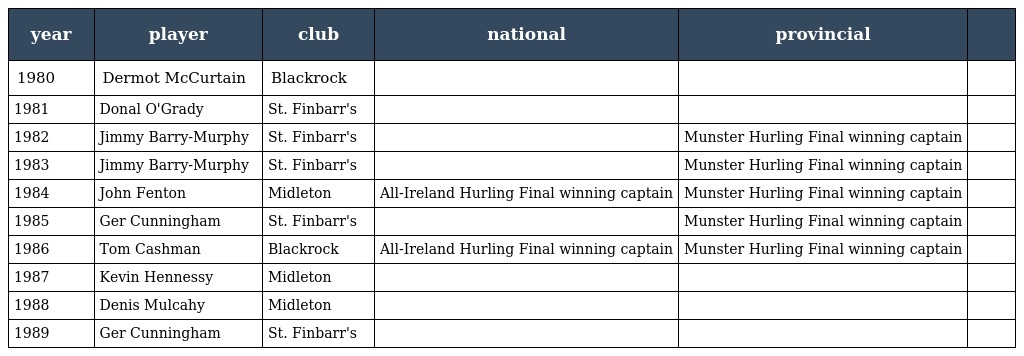
| year | player | club | national | provincial |  |
 | --- | --- | --- | --- | --- | --- |
 | 1980 | Dermot McCurtain | Blackrock |  |  |  |
 | 1981 | Donal O'Grady | St. Finbarr's |  |  |  |
 | 1982 | Jimmy Barry-Murphy | St. Finbarr's |  | Munster Hurling Final winning captain |  |
 | 1983 | Jimmy Barry-Murphy | St. Finbarr's |  | Munster Hurling Final winning captain |  |
 | 1984 | John Fenton | Midleton | All-Ireland Hurling Final winning captain | Munster Hurling Final winning captain |  |
 | 1985 | Ger Cunningham | St. Finbarr's |  | Munster Hurling Final winning captain |  |
 | 1986 | Tom Cashman | Blackrock | All-Ireland Hurling Final winning captain | Munster Hurling Final winning captain |  |
 | 1987 | Kevin Hennessy | Midleton |  |  |  |
 | 1988 | Denis Mulcahy | Midleton |  |  |  |
 | 1989 | Ger Cunningham | St. Finbarr's |  |  |  |